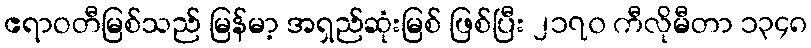
ဧရာဝတီမြစ်သည် မြန်မာ့ အရှည်ဆုံးမြစ် ဖြစ်ပြီး ၂၁၇၀ ကီလိုမီတာ ၁၃၄၈